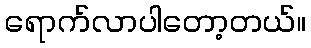
ရောက်လာပါတော့တယ်။